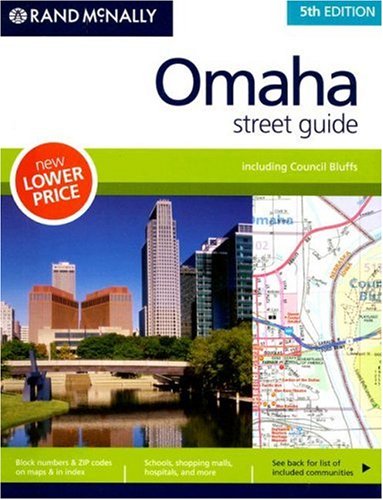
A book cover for Rand McNally 5th Edition Omaha street guide; Rand Mcnally; Travel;